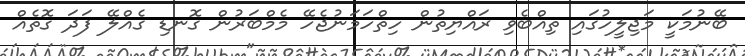
ބޭނުމަކީ މަޖިލީހުގައި ތިއްބެވި ރައްޔިތުން ހިތްހަމަނުޖެހޭ މެމްބަރުން ގޮނޑި ގެއްލޭ ފަދަ ގޮތެއް